Vaccination in Bombay 1874-1876 - 1874-1876
Year: 1874
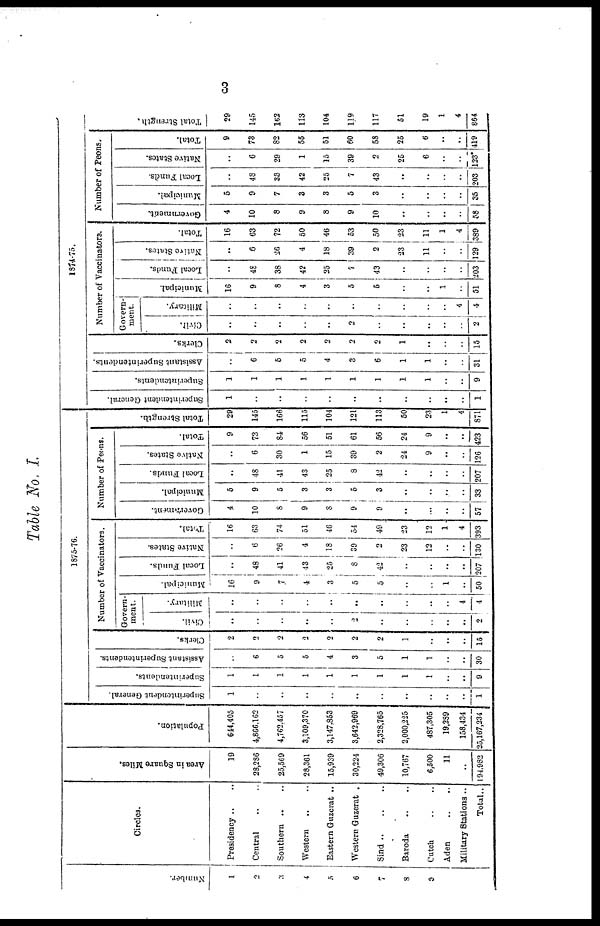
3
Table No. I.
Number.
1
2
3
4
5
6
7
8
9
Circles.
Presidency .. ..
Central .. ..
Southern .. ..
Western .. ..
Eastern Guzerat ..
Western Guzerat .
Sind
..
..
..
Baroda .. ..
Cutch .. ..
Aden .. ..
Military Stations ..
Total..
Area in Square Miles.
19
28,286
25,569
28,361
15,939
30,224
49,306
10,767
6,500
11
..
194,982
Population.
644,405
4,866,162
4,762,457
3,109,370
3,147,853
3,642,969
2,328,765
2,000,225
487,305
19,289
158,134
25,167,234
1875-76.
Superintendent General.
1
..
..
..
..
..
..
..
..
..
..
1
Superintendents.
1
1
1
1
1
1
1
1
1
..
..
9
Assistant Superintendents.
..
6
5
5
4
3
5
1
1
..
..
30
Clerks.
2
2
2
2
2
2
2
1
..
..
..
15
Number of Vaccinators.
Govern-
ment.
Civil.
..
..
..
..
..
2
..
..
..
..
..
2
Military.
..
..
..
..
..
..
..
..
..
..
4
4
Municipal.
16
9
7
4
3
5
5
..
..
1
..
50
Local Funds.
..
48
41
43
25
8
42
..
..
..
..
207
Native States.
..
6
26
4
18
39
2
23
12
..
..
130
Total.
16
63
74
51
46
54
49
23
12
1
4
393
Number of Peons.
Government.
4
10
8
9
8
9
9
..
..
..
..
57
Municipal.
5
9
5
3
3
5
3
..
..
..
..
33
Local Funds.
..
48
41
43
25
8
42
..
..
..
..
207
Native States.
..
6
30
1
15
39
2
24
9
..
..
126
Total.
9
73
84
56
51
61
56
24
9
..
..
423
Total Strength.
29
145
166
115
104
121
113
50
23
1
4
871
1874-75.
Superintendent General.
1
..
..
..
..
..
..
..
..
..
..
1
Superintendents.
1
1
1
1
1
1
1
1
1
..
..
9
Assistant Superintendents.
..
6
5
5
4
3
6
1
1
..
..
31
Clerks.
2
2
2
2
2
2
2
1
..
..
..
15
Number of Vaccinators.
Govern-
ment.
Civil.
..
..
..
..
..
2
..
..
..
..
..
2
Military.
..
..
..
..
..
..
..
..
..
..
4
4
Municipal.
16
9
8
4
3
5
6
..
..
1
..
51
Local Funds.
..
48
38
42
25
7
43
..
..
..
..
203
Native States.
..
6
26
4
18
39
2
23
11
..
..
129
Total.
16
63
72
50
46
53
50
23
11
1
4
389
Number of Peons.
Government.
4
10
8
9
8
9
10
..
..
..
..
58
Municipal.
5
9
7
3
3
5
3
..
..
..
..
35
Local Funds.
..
48
38
42
25
7
43
..
..
..
..
203
Native States.
..
6
29
1
15
39
2
25
6
..
..
123*
Total.
9
73
82
55
51
60
58
25
6
..
..
419
Total Strength.
29
145
162
113
104
119
117
51
19
1
4
864